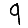
Digit: 9